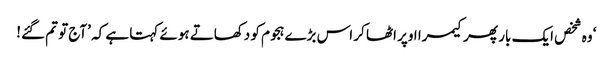
‘ وہ شخص ایک بار پھر کیمرا اوپر اٹھا کر اس بڑے ہجوم کو دکھاتے ہوئے کہتا ہے کہ ’آج تو تم گئے!